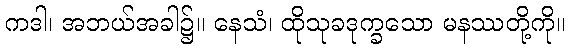
ကဒါ၊ အဘယ်အခါ၌။ နေသံ၊ ထိုသုခဒုက္ခသော မနဿတို့ကို။